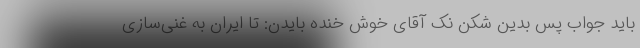
باید جواب پس بدین شکن نک آقای خوش خنده بایدن: تا ایران به غنی‌سازی